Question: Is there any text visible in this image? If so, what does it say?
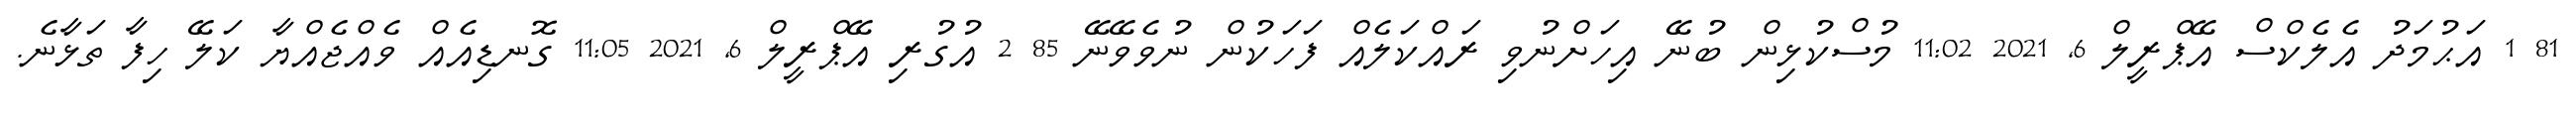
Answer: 81 1 އަޙުމަދު އެލެކްސް އޭޕްރީލް 6, 2021 11:02 މުސްކުޅިން ބުނޭ އިހަށްނުވި ރައްކަލެއް ފަހަކުން ނުވެވޭނޭ 85 2 އުގުރި އޭޕްރީލް 6, 2021 11:05 ގޮނޑިއެއް ވެއްޖެއްޔާ ކަލޭ ހިފާ ތަޅާނެ.